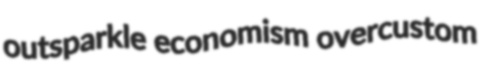
outsparkle economism overcustom